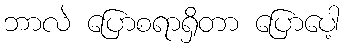
ဘာလဲ ပြောစရာရှိတာ ပြောပေါ့